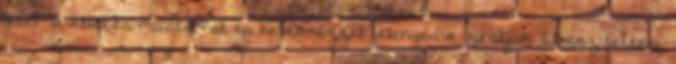
babér-levéllel és mustárral, és kevés vízzel felengedve pároljuk. Elkészítettem.